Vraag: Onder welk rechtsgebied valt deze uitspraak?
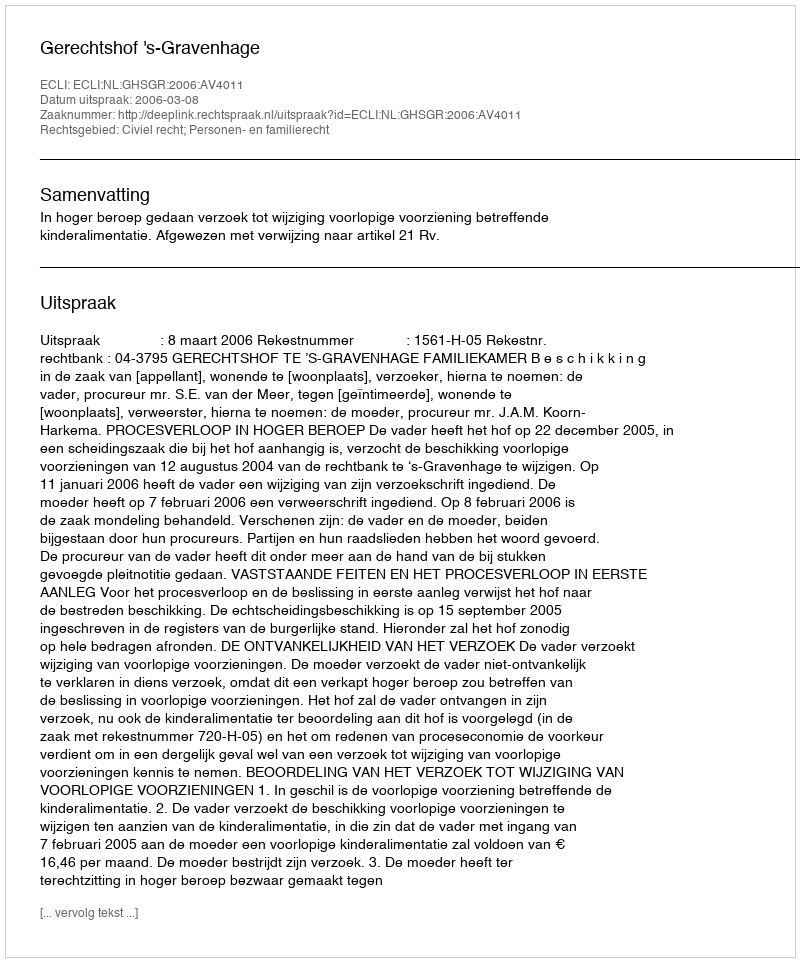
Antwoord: Civiel recht; Personen- en familierecht